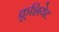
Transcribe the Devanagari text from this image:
क्रूशियेट